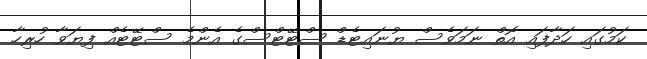
ކަމުގައި ހަދާފައި އޮތް ނަމަވެސް ޔުނައިޓެޑް ސްޓޭޓްސްގެ އެންމެ ސްޓޭޓެއް ފިޔަވާ ހުރިހާ